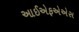
આઈએફએએસ